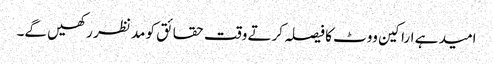
امید ہے اراکین ووٹ کا فیصلہ کرتے وقت حقائق کو مد نظر رکھیں گے۔